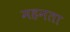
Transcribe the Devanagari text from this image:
महनता